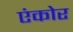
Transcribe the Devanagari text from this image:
एंकोर